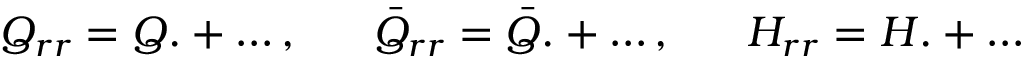
Q _ { r r } = Q . + \ldots , \; \; \; \; \; \; \bar { Q } _ { r r } = \bar { Q } . + \ldots , \; \; \; \; \; \; H _ { r r } = H . + \ldots